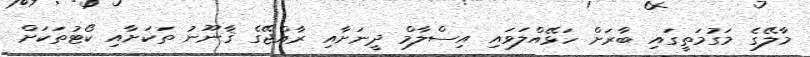
މާލޭގެ މަގުމަތީގައި ބާރަށް ހަޅޭއްލަވައި އިސްލާމް ދީނަށާއި ރާއްޖޭގެ ޤާނޫނު ތަކަށާއި ކޯޓުތަކަށް